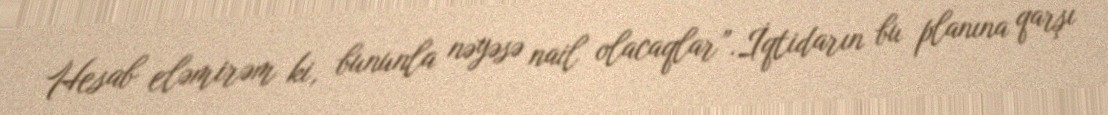
Hesab eləmirəm ki, bununla nəyəsə nail olacaqlar”.İqtidarın bu planına qarşı